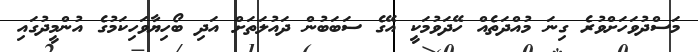
މަސްދުވަހަށްވުރެ ގިނަ މުއްދަތެއް ހޭދަވުމަކީ އޭގެ ސަބަބުން ދައުލަތަށް އަދި ބޯހިޔާވަހިކަމުގެ އުންމީދުގައި